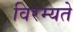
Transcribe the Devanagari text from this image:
विरम्यते